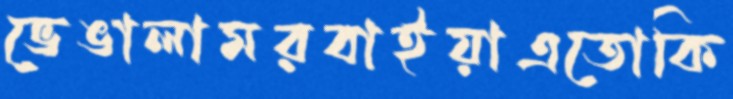
ভেঙালামরবাইয়াএতোকি